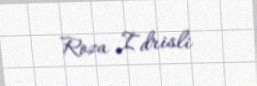
Roza İdrisli